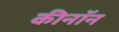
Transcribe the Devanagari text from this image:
कीनॉन